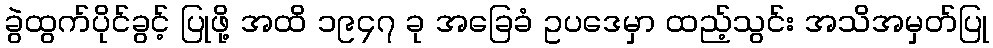
ခွဲထွက်ပိုင်ခွင့် ပြုဖို့ အထိ ၁၉၄၇ ခု အခြေခံ ဥပဒေမှာ ထည့်သွင်း အသိအမှတ်ပြု